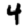
Digit: 4